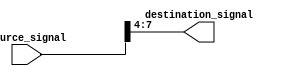
module bit_select_assign(
    input wire [7:0] source_signal,
    output reg [3:0] destination_signal
);

initial begin
    // Assign specific bits from source_signal to destination_signal
    destination_signal[3:0] = source_signal[7:4];
end

endmodule